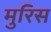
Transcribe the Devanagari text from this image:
मुरिस